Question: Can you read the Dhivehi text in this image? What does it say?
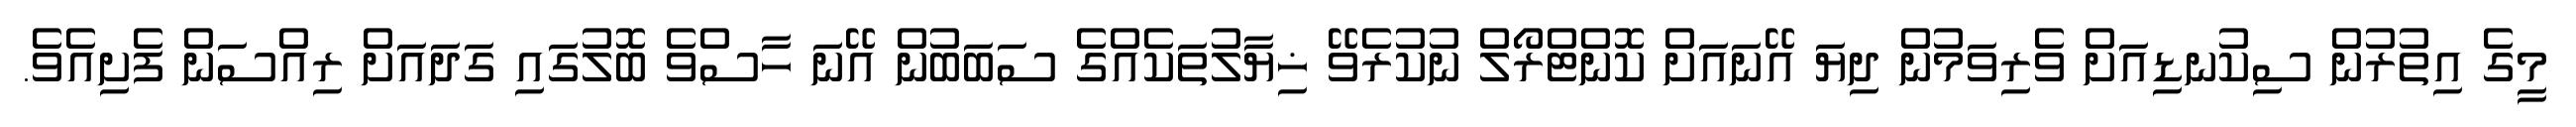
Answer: މީގެ އިތުރުން ސިކުނޑިއަށް ވެރިވަމުން ދިޔަ އޭނައަށް ކޮންޓްރޯލް ނުކުރެވޭ ޚިޔާލުތަކެއްގެ ސަބަބުން އޭނަ ހާސްވެ ބޮލުގައި ގަދައަށް ރިއްސަން ފެށިއެވެ.